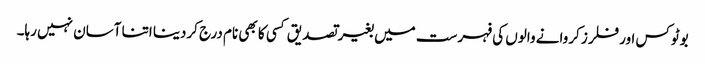
بوٹوکس اور فلرز کروانے والوں کی فہرست میں بغیر تصدیق کسی کا بھی نام درج کردینا اتنا آسان نہیں رہا۔